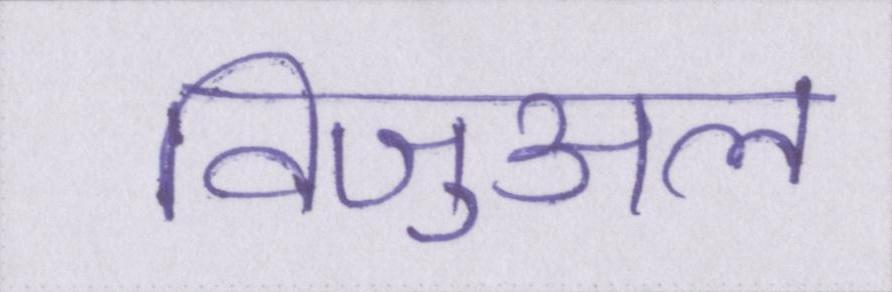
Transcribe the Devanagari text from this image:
विजुअल